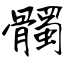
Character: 髑